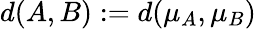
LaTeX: d(A,B):=d(\mu_{A},\mu_{B})